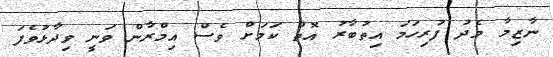
ނާޒިމާ މެދު ފުރިހަމަ އިތުބާރު އޮތް ކަމަށް ވެސް އިމްރާން ވަނީ ވިދާޅުވެފަ